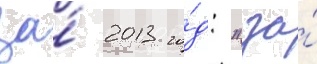
за́ 2013 го́д: "за́